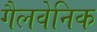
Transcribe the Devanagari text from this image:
गैलवेनिक